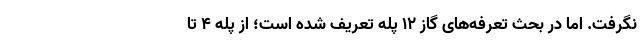
نگرفت. اما در بحث تعرفه‌های گاز ۱۲ پله تعریف شده است؛ از پله ۴ تا